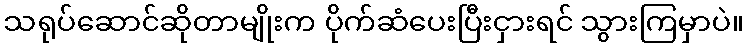
သရုပ်ဆောင်ဆိုတာမျိုးက ပိုက်ဆံပေးပြီးငှားရင် သွားကြမှာပဲ။